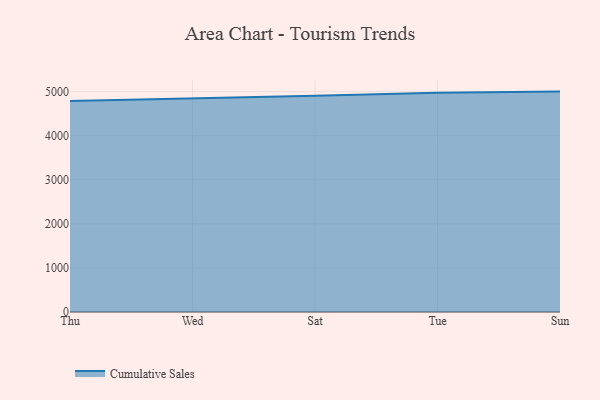
{"axis": {"x": "Day", "y": "Market Share (%)"}, "legend": ["Cumulative Sales"], "data": [{"x": "Thu", "y": 4788.3, "type": "Cumulative Sales"}, {"x": "Wed", "y": 4842.1, "type": "Cumulative Sales"}, {"x": "Sat", "y": 4904.6, "type": "Cumulative Sales"}, {"x": "Tue", "y": 4974.1, "type": "Cumulative Sales"}, {"x": "Sun", "y": 5000, "type": "Cumulative Sales"}]}